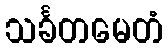
သင်္ခတမေတံ